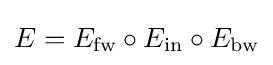
E=E_{\text{fw}}\circ E_{\text{in}}\circ E_{\text{bw}}